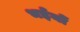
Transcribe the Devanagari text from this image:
भईयों